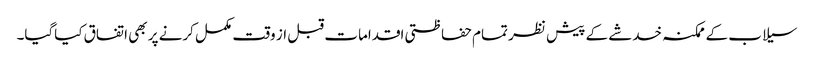
سیلاب کے ممکنہ خدشے کے پیش نظر تمام حفاظتی اقدامات قبل از وقت مکمل کرنے پر بھی اتفاق کیاگیا۔